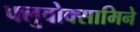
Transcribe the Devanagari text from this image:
फ्लुवोक्सामिने